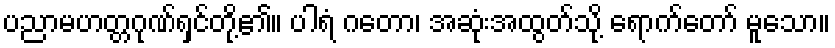
ပညာမဟတ္တဂုဏ်ရှင်တို့၏။ ပါရံ ဂတော၊ အဆုံးအထွတ်သို့ ရောက်တော် မူသော။